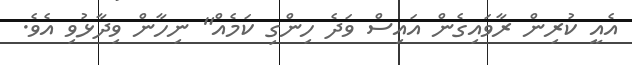
އެއީ ކުރިން ރާވައިގެން އައިސް ވަދެ ހިންގި ކަމެއް" ނިހާން ވިދާޅުވި އެވެ.